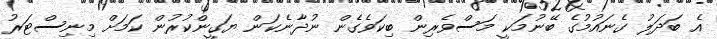
އެ ބަދަލު ގެނައުމުގެ ބޭނުމަކީ މަސްވެރިން ބިކަވެގެން ނުދާނެކަން ޔަގީންކުރުން ކަމަށް މިނިސްޓަރު